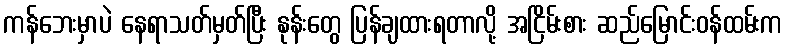
ကန်ဘေးမှာပဲ နေရာသတ်မှတ်ပြီး နုန်းတွေ ပြန်ချထားရတာလို့ အငြိမ်းစား ဆည်မြောင်းဝန်ထမ်းက